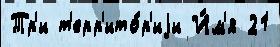
Тр'и т'ерр'ито́р'иjи И́м'я 21